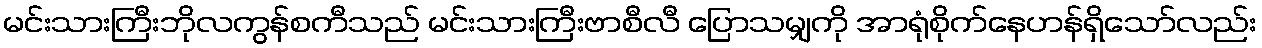
မင်းသားကြီးဘိုလကွန်စကီသည် မင်းသားကြီးဗာစီလီ ပြောသမျှကို အာရုံစိုက်နေဟန်ရှိသော်လည်း